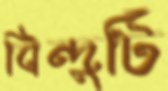
বিন্দুটি